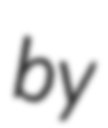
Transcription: by